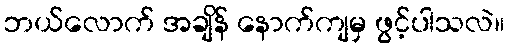
ဘယ်လောက် အချိန် နောက်ကျမှ ဖွင့်ပါသလဲ။